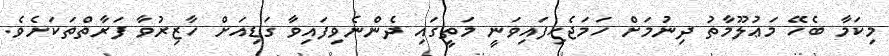
މިކަމާ ބެހޭ މަޢުލޫމާތު ދިނުމަށް ހަމަޖެހިފައިވަނީ މަތީގައި ދެންނެވިފައިވާ ގަޑިއަށް ހާޒިރުވާ ފަރާތްތަކަށެވެ.